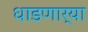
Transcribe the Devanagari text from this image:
धाडणार्‍या